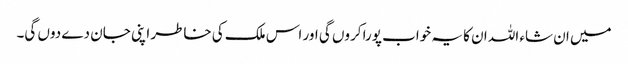
میں ان شاء اللہ ان کا یہ خواب پورا کروں گی اور اس ملک کی خاطر اپنی جان دے دوں گی۔